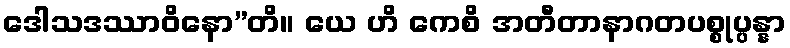
ဒေါသဒဿာဝိနော”တိ။ ယေ ဟိ ကေစိ အတီတာနာဂတပစ္စုပ္ပန္နာ